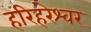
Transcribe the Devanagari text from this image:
हरिहरेश्‍वर